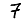
Digit: 7